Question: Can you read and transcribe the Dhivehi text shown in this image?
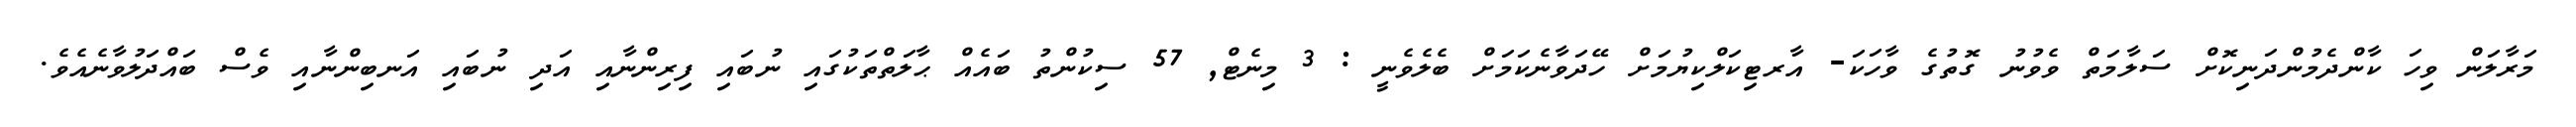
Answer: މަރާލަން ވިހަ ކާންދެމުންދަނިކޮށް ސަލާމަތް ވެވުނު ގޮތުގެ ވާހަކަ- އާރޓިކަލްކިޔުމަށް ހޭދަވާނެކަމަށް ބެލެވެނީ : 3 މިނެޓް, 57 ސިކުންތު ބައެއް ޙާލަތްތަކުގައި ނުބައި ފިރިންނާއި އަދި ނުބައި އަނބިންނާއި ވެސް ބައްދަލުވާނެއެވެ.